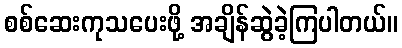
စစ်ဆေးကုသပေးဖို့ အချိန်ဆွဲခဲ့ကြပါတယ်။